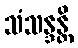
သံသန္ဒန္တိ